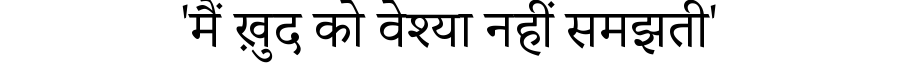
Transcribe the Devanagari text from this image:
'मैं ख़ुद को वेश्या नहीं समझती'